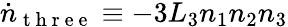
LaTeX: \dot{n}_{\mathrm{~t~h~r~e~e~}}\equiv-3L_{3}n_{1}n_{2}n_{3}